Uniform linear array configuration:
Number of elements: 24
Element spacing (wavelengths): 0.25
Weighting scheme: exponential
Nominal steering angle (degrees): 30
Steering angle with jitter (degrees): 30.278
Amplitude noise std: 0.05
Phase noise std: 0.05

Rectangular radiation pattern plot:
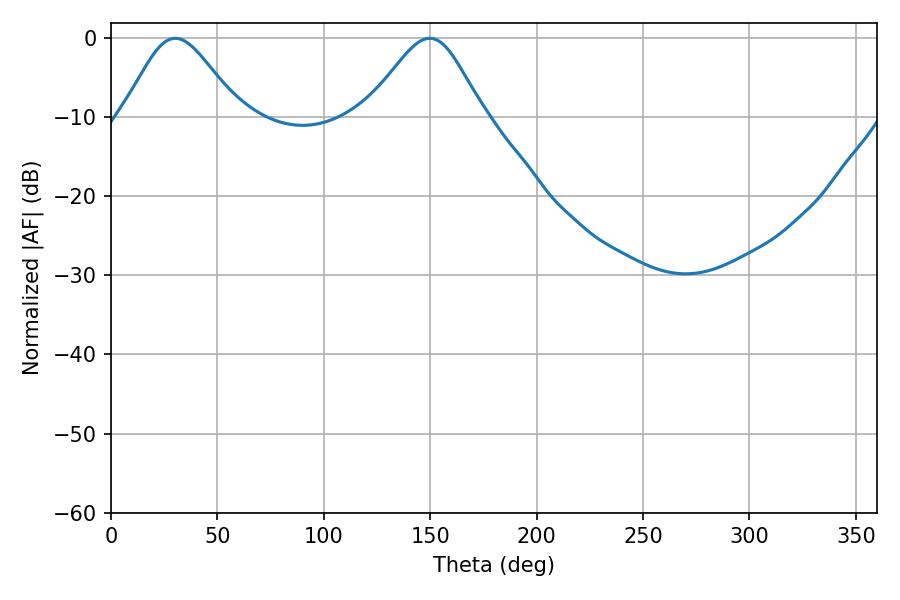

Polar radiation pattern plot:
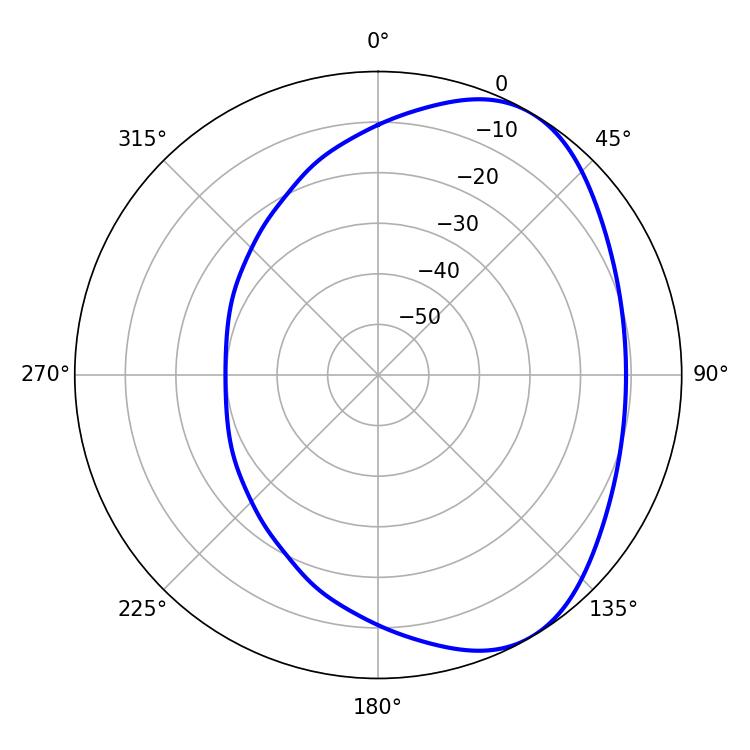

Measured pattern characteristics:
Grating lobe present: FALSE
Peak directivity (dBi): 4.973
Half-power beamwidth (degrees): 27.18
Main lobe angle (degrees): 30.24